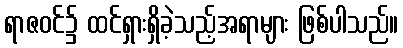
ရာဇဝင်၌ ထင်ရှားရှိခဲ့သည့်အရာများ ဖြစ်ပါသည်။